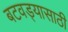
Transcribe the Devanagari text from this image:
बटवड्यासाठी